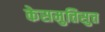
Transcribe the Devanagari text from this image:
केसमुत्तिसुत्त